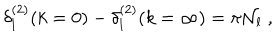
\delta _ { l } ^ { ( 2 ) } ( k = 0 ) - \delta _ { l } ^ { ( 2 ) } ( k = \infty ) = \pi { \mathcal N } _ { l } \; ,